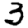
Digit: 3